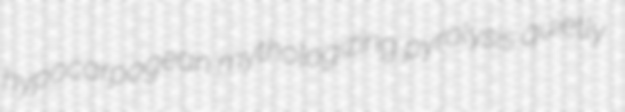
hypocarpogean mythologizing pyrolysis quietly